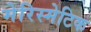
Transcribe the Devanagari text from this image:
मेरिस्मेटिक